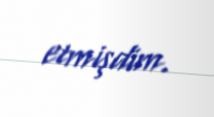
etmişdim.